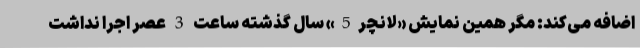
اضافه می‌کند: مگر همین نمایش «لانچر5» سال گذشته ساعت 3 عصر اجرا نداشت